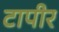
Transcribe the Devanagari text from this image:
टापीर